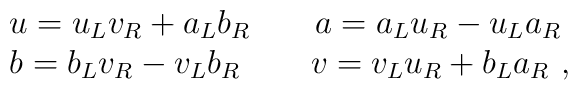
\begin{array}{l}u=u_Lv_R+a_Lb_R\qquad a=a_Lu_R-u_La_R \\b=b_Lv_R-v_Lb_R\,\qquad v=v_Lu_R+b_La_R\,\,,\end{array}